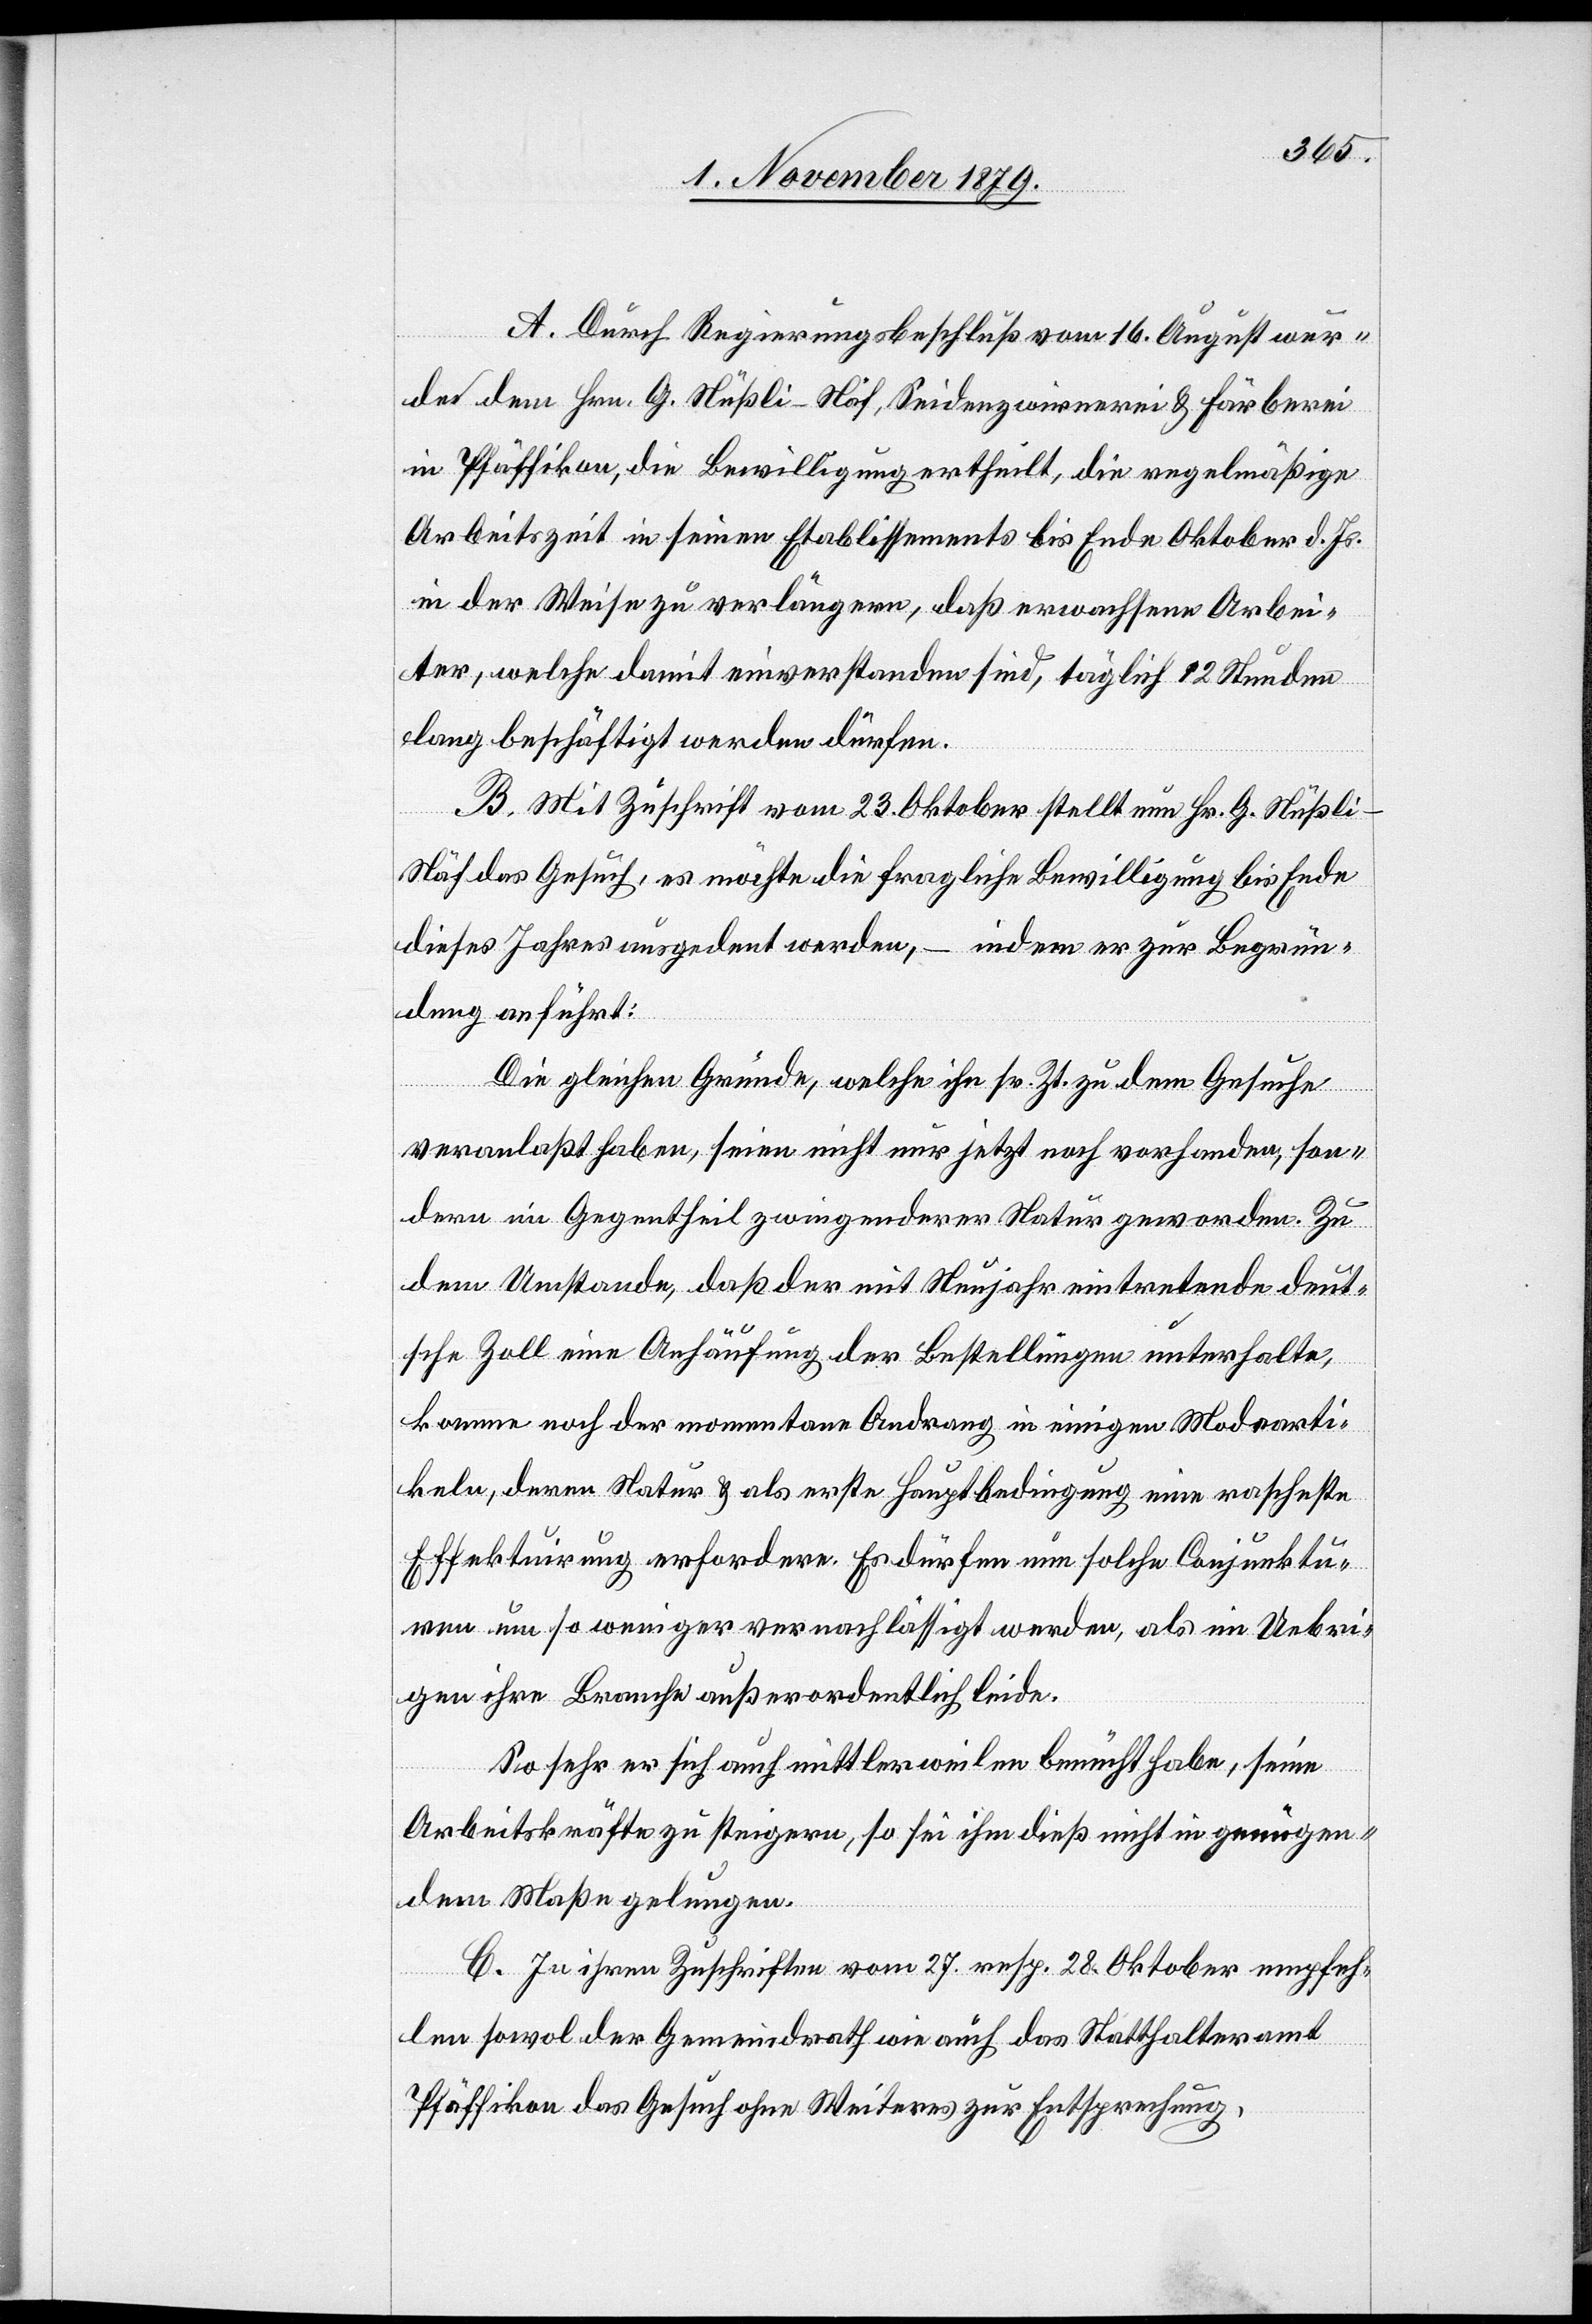
A. Durch Regierungsbeschluß vom 16. August wur¬
de dem Hrn. G. Nüßli-Näf, Seidenzwirnerei & Färberei
in Pfäffikon, die Bewilligung ertheilt, die regelmäßige
Arbeitszeit in seinen Etablissements bis Ende Oktober d. Js.
in der Weise zu verlängern, daß erwachsene Arbei¬
ter, welche damit einverstanden sind, täglich 12 Stunden
lang beschäftigt werden dürfen.
B. Mit Zuschrift vom 23. Oktober stellt neu Hr. G. Nüßli-N¬
äf das Gesuch, es möchte die fragliche Bewilligung bis Ende
dieses Jahres ausgedehnt werden, – indem er zur Begrün¬
dung anführt:
Die gleichen Gründe, welche ihn sr. Zt. zu dem Gesuche
veranlaßt haben, seien nicht nur jetzt noch vorhanden, son¬
dern im Gegentheil zwingenderer Natur geworden. Zu
dem Umstande, daß der mit Neujahr eintretende deut¬
sche Zoll eine Anhäufung der Bestellungen unterhalte,
komme noch der momentane Andrang in einigen Modearti¬
keln, deren Natur & als erste Hauptbedingung eine rascheste
Effektuirung erfordere. Es dürfen nun solche Conjunktu¬
ren um so weniger vernachlässigt werden, als im Uebri¬
gen ihre Branche außerordentlich leide.
So sehr er sich auch mittlerweilen bemüht habe, seine
Arbeitskräfte zu steigern, so sei ihm dieß nicht in genügen¬
dem Maße gelungen.
C. In ihren Zuschriften vom 27. resp. 28. Oktober empfeh¬
len sowol der Gemeindrath wie auch das Statthalteramt
Pfäffikon das Gesuch ohne Weiteres zur Entsprechung.